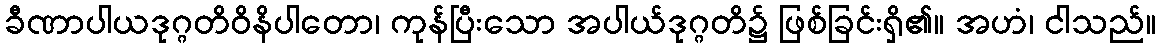
ခီဏာပါယဒုဂ္ဂတိဝိနိပါတော၊ ကုန်ပြီးသော အပါယ်ဒုဂ္ဂတိ၌ ဖြစ်ခြင်းရှိ၏။ အဟံ၊ ငါသည်။